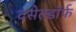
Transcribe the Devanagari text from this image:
दसेल्डॉर्फ